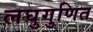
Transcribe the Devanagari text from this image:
लघुगुणित